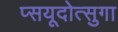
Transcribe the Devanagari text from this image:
प्सयूदोत्सुगा